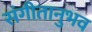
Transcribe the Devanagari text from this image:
संगीतानुभव